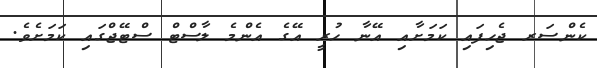
ކެންސަރ ޖެހިފައި ކަމަށާއި އޭނާ ހުރީ އޭގެ އެންމެ ލާސްޓް ސްޓޭޖްގައި ކަމަށެވެ.